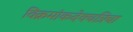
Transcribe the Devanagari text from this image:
विक्रमांकदेवचत्रिचा